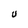
Character: U